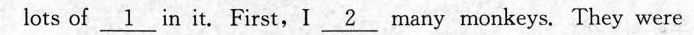
lots of \underline{1} in it. First,I _\underline{2} many monkeys. They were